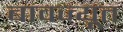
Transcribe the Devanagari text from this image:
बावज्यूत